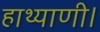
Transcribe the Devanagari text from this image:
हाथ्याणी।